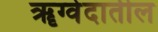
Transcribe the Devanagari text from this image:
ॠग्वेदातील